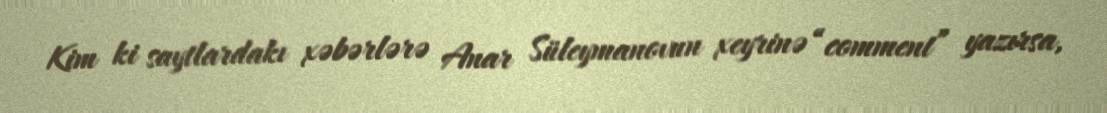
Kim ki saytlardakı xəbərlərə Anar Süleymanovun xeyrinə “comment” yazırsa,